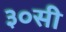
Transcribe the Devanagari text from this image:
३०सी